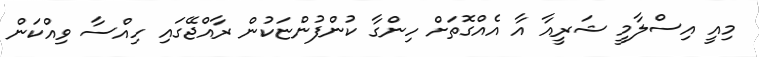
މިއީ އިސްލާމީ ޝަރީއާ އާ އެއްގޮތަށް ހިންގާ ކުންފުންޏަކުން ރާއްޖޭގައި ހިއްސާ ވިއްކަން